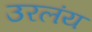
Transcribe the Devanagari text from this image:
उरलंय